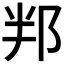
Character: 𮟵